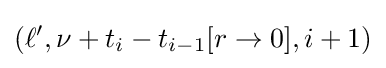
(\ell ',\nu +t_{i}-t_{i-1}[r\to 0],i+1)